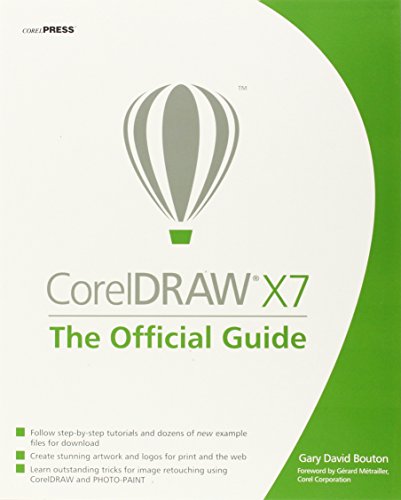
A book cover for CorelDRAW X7: The Official Guide; Gary David Bouton; Arts & Photography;